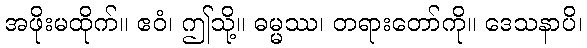
အဖိုးမထိုက်။ ဧဝံ၊ ဤသို့။ ဓမ္မဿ၊ တရားတော်ကို။ ဒေသနာပိ၊